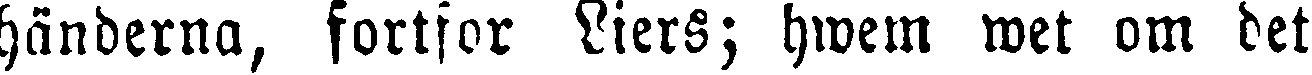
händerna, fortfor Liers; hwem wet om det